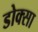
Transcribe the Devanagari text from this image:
डोक्सा